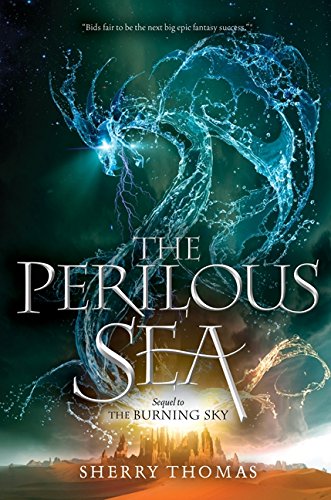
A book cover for The Perilous Sea (Elemental Trilogy); Sherry Thomas; Teen & Young Adult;